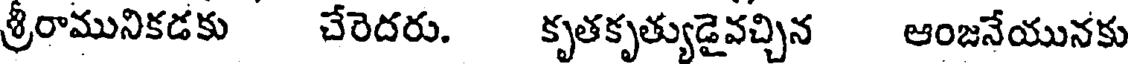
శ్రీరామునికడకు చేరెదరు. కృతకృత్యుడైవచ్చిన ఆంజనేయునకు